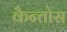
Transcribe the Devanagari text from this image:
कैन्तोस